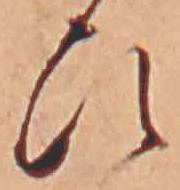
ひ